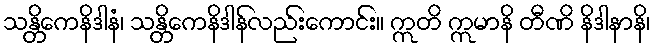
သန္တိကေနိဒါနံ၊ သန္တိကေနိဒါန်လည်းကောင်း။ ဣတိ ဣမာနိ တီဏိ နိဒါနာနိ၊